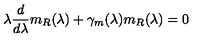
\lambda \frac d { d \lambda } m _ { R } ( \lambda ) + \gamma _ { m } ( \lambda ) m _ { R } ( \lambda ) = 0